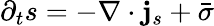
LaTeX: \partial_{t}s=-\nabla\cdot{\mathbf j}_{s}+{\bar{\sigma}}